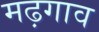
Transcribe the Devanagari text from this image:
मढ़गाव